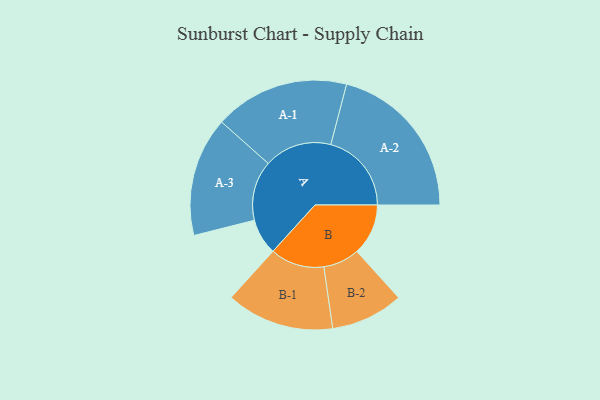
{"axis": {"x": "Segment", "y": "Value"}, "legend": ["", "A", "B"], "data": [{"x": "A", "y": 120, "type": ""}, {"x": "B", "y": 171, "type": ""}, {"x": "A-1", "y": 225, "type": "A"}, {"x": "A-2", "y": 269, "type": "A"}, {"x": "A-3", "y": 199, "type": "A"}, {"x": "B-1", "y": 180, "type": "B"}, {"x": "B-2", "y": 121, "type": "B"}]}